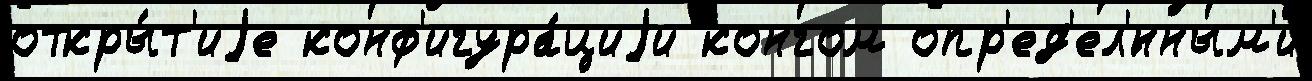
откры́т'иjе конф'игура́циjи конгом опр'ед'ел'́нным'и